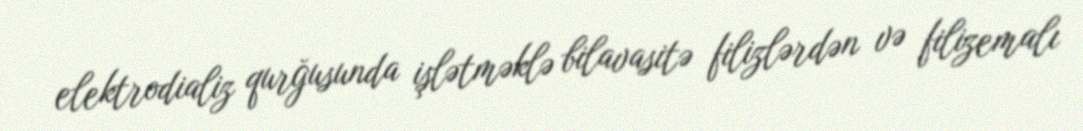
elektrodializ qurğusunda işlətməklə bilavasitə filizlərdən və filizemalı